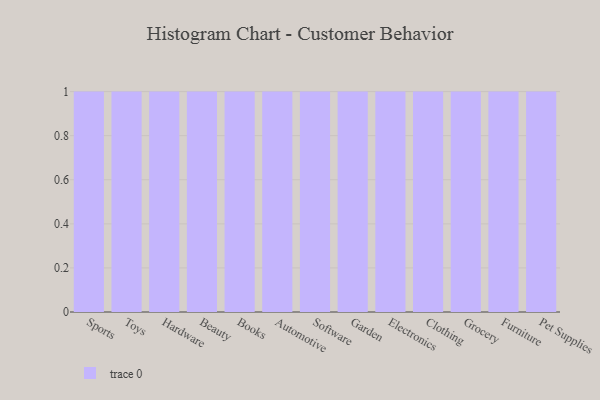
{"axis": {"x": "Category", "y": "Shipments"}, "legend": [""], "data": [{"x": "Sports", "y": 15, "type": ""}, {"x": "Toys", "y": 71, "type": ""}, {"x": "Hardware", "y": 40, "type": ""}, {"x": "Beauty", "y": 20, "type": ""}, {"x": "Books", "y": 55, "type": ""}, {"x": "Automotive", "y": 14, "type": ""}, {"x": "Software", "y": 59, "type": ""}, {"x": "Garden", "y": 66, "type": ""}, {"x": "Electronics", "y": 29, "type": ""}, {"x": "Clothing", "y": 46, "type": ""}, {"x": "Grocery", "y": 44, "type": ""}, {"x": "Furniture", "y": 90, "type": ""}, {"x": "Pet Supplies", "y": 100, "type": ""}]}